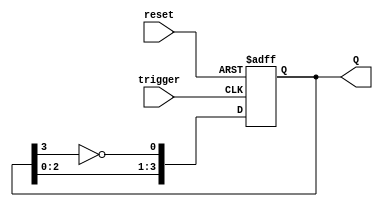
module async_johnson_counter (
    input wire reset,      // Asynchronous reset signal
    input wire trigger,    // Asynchronous trigger signal
    output reg [3:0] Q     // 4-bit output
);

    // Asynchronous Johnson Counter with 4 D flip-flops
    always @(posedge trigger or posedge reset) begin
        if (reset) begin
            Q <= 4'b0000; // Reset all flip-flops to 0
        end else begin
            // Johnson counter logic
            Q[0] <= ~Q[3]; // Inverted output of the last flip-flop
            Q[1] <= Q[0];  // Shift the state
            Q[2] <= Q[1];  // Shift the state
            Q[3] <= Q[2];  // Shift the state
        end
    end

endmodule